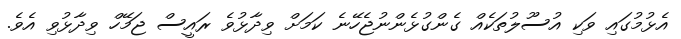
އެޅުމުގައި ވަކި އުސޫލުތަކެއް ގެންގުޅެންނުޖެހޭނެ ކަމަށް ވިދާޅުވެ ރައީސް ޖަމޭހް ވިދާޅުވި އެވެ.